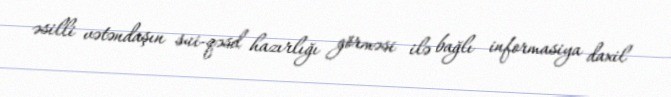
əsilli vətəndaşın sui-qəsd hazırlığı görməsi ilə bağlı informasiya daxil